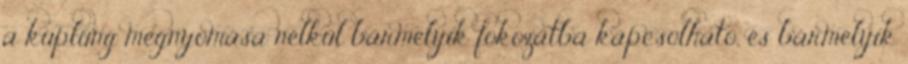
a kuplung megnyomása nélkül bármelyik fokozatba kapcsolható, és bármelyik